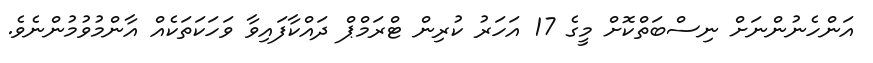
އަންހެނުންނަށް ނިސްބަތްކޮށް މީގެ 17 އަހަރު ކުރިން ޓްރަމްޕް ދައްކާފައިވާ ވަހަކަތަކެއް އާންމުވުމުންނެވެ.